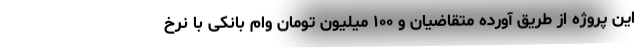
این پروژه از طریق آورده متقاضیان و ۱۰۰ میلیون تومان وام بانکی با نرخ